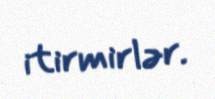
itirmirlər.